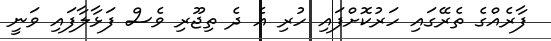
ފާރެއްގެ ތެރޭގައި ހަރުކޮށްފައި ހުރި އެ ދެ ތިޖޫރި ވެސް ފަޅާލާފައި ވަނީ